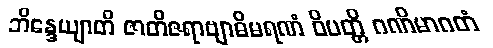
ဘိန္ဒေယျာတိ ဇာတိဇရာဗျာဓိမရဏံ ဝိပတ္တိ ဂဏိမာဂတံ